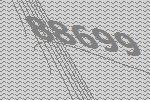
88699